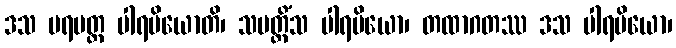
ဒသ ပရမတ္တ ပါရမိယောတိ၊ သမတ္တိံသ ပါရမိယော၊ တထာဂတဿ ဒသ ပါရမိယော၊